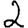
Digit: 2